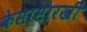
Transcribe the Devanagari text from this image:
केसासारखी